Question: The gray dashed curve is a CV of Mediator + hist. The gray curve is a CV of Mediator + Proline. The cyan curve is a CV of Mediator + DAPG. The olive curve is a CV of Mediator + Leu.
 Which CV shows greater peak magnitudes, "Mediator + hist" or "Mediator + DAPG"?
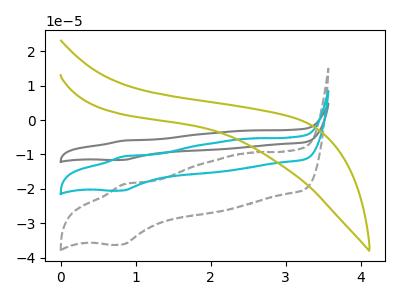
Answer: <think>The gray dashed curve "Mediator + hist" has an anodic peak at (0.85V, -18.65uA) and a cathodic peak at (0.80V, -36.15uA). The gray curve "Mediator + Proline" has an anodic peak at (0.85V, -21.10uA) and a cathodic peak at (0.80V, -40.95uA). The cyan curve "Mediator + DAPG" has an anodic peak at (0.85V, -10.55uA) and a cathodic peak at (0.80V, -20.50uA). The olive curve "Mediator + Leu" has no peaks.</think>
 <answer>The peaks in "Mediator + hist" are neither all higher or all lower than the peaks in "Mediator + DAPG".</answer>
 <eval>mixed</eval>